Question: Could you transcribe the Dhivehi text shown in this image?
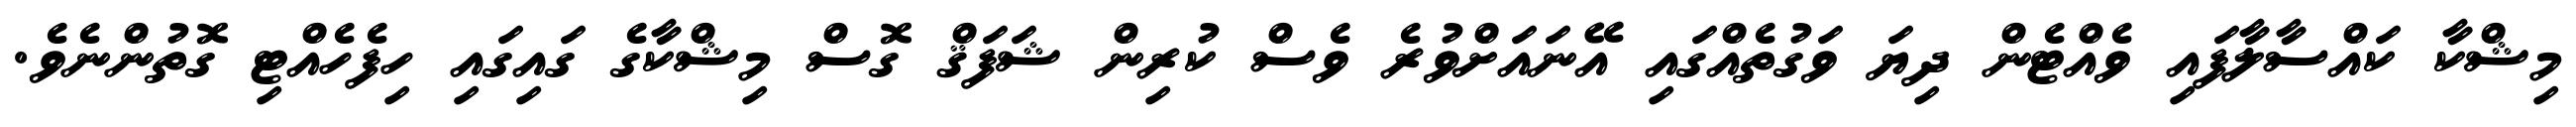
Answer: މިޝްކާ ކައްސާލާފައި ވެއްޓެން ދިޔަ ވަގުތެއްގައި އޭނައަށްވުރެ ވެސް ކުރިން ޝަފަޤް ގޮސް މިޝްކާގެ ގައިގައި ހިފެހެއްޓި ގޮތުންނެވެ.